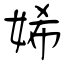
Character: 㛓